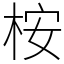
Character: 桉